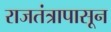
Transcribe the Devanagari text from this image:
राजतंत्रापासून